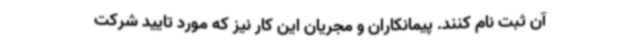
آن ثبت نام کنند. پیمانکاران و مجریان این کار نیز که مورد تایید شرکت